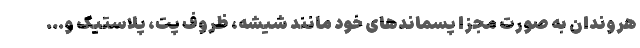
هروندان به صورت مجزا پسماندهای خود مانند شیشه، ظروف پِت، پلاستیک و…